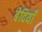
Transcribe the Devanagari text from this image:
बेदियाँ